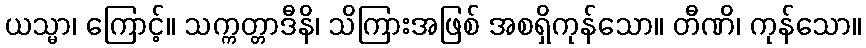
ယသ္မာ၊ ကြောင့်။ သက္ကတ္တာဒီနိ၊ သိကြားအဖြစ် အစရှိကုန်သော။ တီဏိ၊ ကုန်သော။